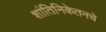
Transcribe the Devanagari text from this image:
शांतिनिकेतनचे